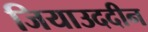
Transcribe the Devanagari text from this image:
जियाउददीन